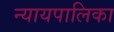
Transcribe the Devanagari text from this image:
न्‍यायपालिका